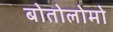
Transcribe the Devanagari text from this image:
बोतोलोमो